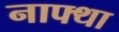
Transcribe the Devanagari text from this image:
नाफ्था